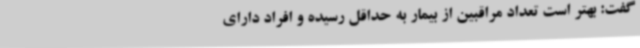
گفت: بهتر است تعداد مراقبین از بیمار به حداقل رسیده و افراد دارای